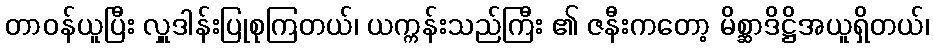
တာဝန်ယူပြီး လှူဒါန်းပြုစုကြတယ်၊ ယက္ကန်းသည်ကြီး ၏ ဇနီးကတော့ မိစ္ဆာဒိဋ္ဌိအယူရှိတယ်၊